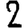
Digit: 2